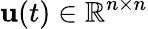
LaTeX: \mathbf{u}(t)\in\mathbb{R}^{n\times n}